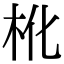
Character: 杹